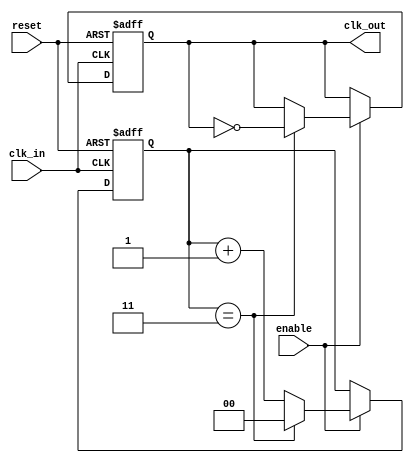
module clock_divider #(
    parameter DIV_FACTOR = 4  // Parameter to set the division factor
) (
    input wire clk_in,         // Input clock signal
    input wire reset,          // Asynchronous reset signal
    input wire enable,         // Enable signal for clock division
    output reg clk_out         // Output clock signal
);

    // Internal counter to keep track of input clock cycles
    reg [$clog2(DIV_FACTOR)-1:0] counter;  // Counter size based on DIV_FACTOR

    // Always block triggered on the rising edge of clk_in
    always @(posedge clk_in or posedge reset) begin
        if (reset) begin
            // Reset the counter and output clock
            counter <= 0;
            clk_out <= 0;
        end else if (enable) begin
            // Increment the counter
            if (counter == DIV_FACTOR - 1) begin
                // Toggle the output clock when counter reaches DIV_FACTOR
                clk_out <= ~clk_out;
                counter <= 0; // Reset the counter
            end else begin
                counter <= counter + 1; // Increment counter
            end
        end
        // If enable is not active, maintain the current state of clk_out
    end

endmodule